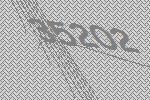
35202